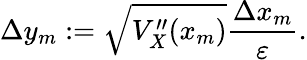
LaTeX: \Delta y_{m}:=\sqrt{V_{X}^{\prime\prime}(x_{m})}\frac{\Delta x_{m}}{\varepsilon}.